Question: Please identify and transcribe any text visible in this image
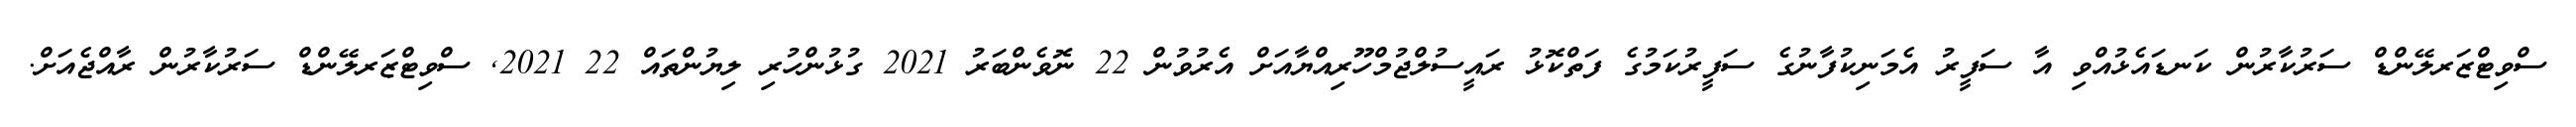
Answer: ސްވިޓްޒަރލޭންޑް ސަރުކާރުން ކަނޑައެޅުއްވި އާ ސަފީރު އެމަނިކުފާނުގެ ސަފީރުކަމުގެ ފަތްކޮޅު ރައީސުލްޖުމްހޫރިއްޔާއަށް އެރުވުން 22 ނޮވެންބަރު 2021 ގުޅުންހުރި ލިޔުންތައް 22 2021, ސްވިޓްޒަރލޭންޑް ސަރުކާރުން ރާއްޖެއަށް.